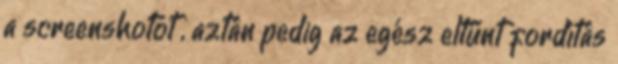
a screenshotot , aztán pedig az egész eltűnt fordítás